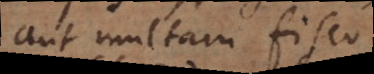
aut multam fisco